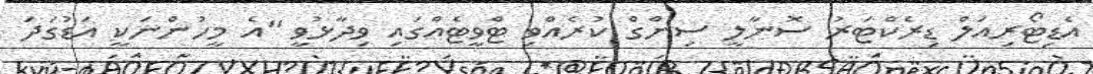
އެޑިޓޯރިއަލް ޑިރެކްޓަރު ސޮނާލީ ސިންގް ކުރެއްވި ޓްވީޓެއްގައި ވިދާޅުވީ "އެ މީހުންނަކީ އަޑުގަދަ